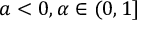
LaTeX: a < 0 , \alpha \in ( 0 , 1 ]